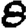
Digit: 8